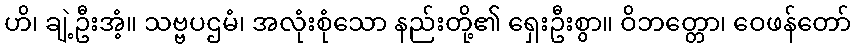
ဟိ၊ ချဲ့ဦးအံ့။ သဗ္ဗပဌမံ၊ အလုံးစုံသော နည်းတို့၏ ရှေးဦးစွာ။ ဝိဘတ္တော၊ ဝေဖန်တော်